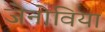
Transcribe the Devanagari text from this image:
जेनोविया